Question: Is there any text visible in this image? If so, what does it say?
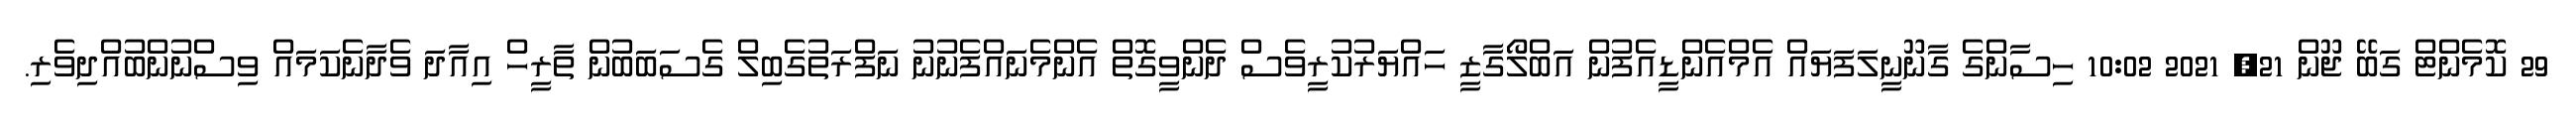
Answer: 29 ކޮމެންޓް ގަބޭ ޖޫން 21, 2021 10:02 ހިސާންގެ ގާނޫނީލަފަޔައް އެމްއެންޑީއެފުން އަބްލޯގާޒީ ހައްޔަރުކުރީވެސް ދެންވީގޮތް އެންމެނައްފެނުނު ނަފްރަތުގެބިލް ގެސަބަބުން ތާރީހް އިއާދަ ވެދާނެކަމައް ވިސްނުންބުއްދިވެރި.